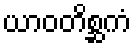
ယာဝတိစ္ဆကံ